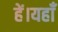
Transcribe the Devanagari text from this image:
हें।यहाँ